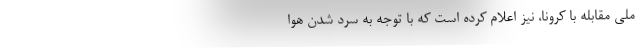
ملی مقابله با کرونا، نیز اعلام کرده است که با توجه به سرد شدن هوا